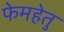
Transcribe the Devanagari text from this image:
फेमहेतु